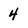
Character: 4